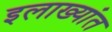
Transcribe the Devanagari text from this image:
इलाख्यांत